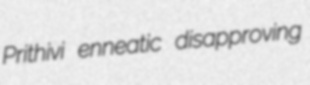
Prithivi enneatic disapproving